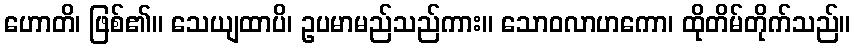
ဟောတိ၊ ဖြစ်၏။ သေယျထာပိ၊ ဥပမာမည်သည်ကား။ သောဝလာဟကော၊ ထိုတိမ်တိုက်သည်။